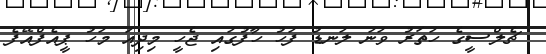
ޗެލްސީގެ ހަތަރު ވަނަ ލަނޑު ފަހު ހާފުގައި ޖެހީ މިދިއަ މަހު ޕީއެފްއޭފެ